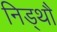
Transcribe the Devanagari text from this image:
निड्थौ